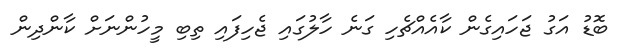
ބޮޑު އަގު ޖަހައިގެން ކާއެއްޗެހި ގަނެ ހާލުގައި ޖެހިފައި ތިބި މީހުންނަށް ކާންދިން